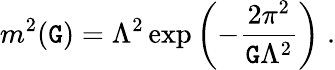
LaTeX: m^{2}(\mathtt{G})=\Lambda^{2}\exp\left(-\frac{{2\pi^{2}}}{{\mathtt{G}\Lambda^{2}}}\right)\; .